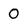
Character: O